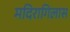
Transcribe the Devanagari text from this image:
मदिरागिलास